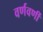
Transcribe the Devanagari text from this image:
वर्णवर्णी